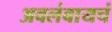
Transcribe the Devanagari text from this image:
अवलंबायचं